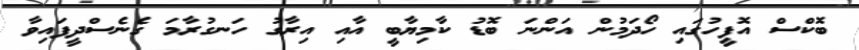
ބޮކްސް އޮފީހުގައި ހޯދަމުން އަންނަ ބޮޑު ކާމިޔާބީ އާއި އިރާގު ހަނގުރާމަ ގެނެސްދީފައިވާ